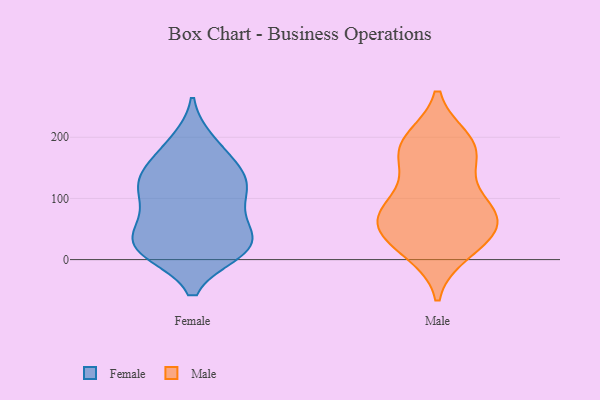
{"axis": {"x": "Revenue (USD Million)", "y": "Value"}, "legend": ["Female", "Male"], "data": [{"x": "", "y": 95, "type": "Female"}, {"x": "", "y": 119, "type": "Female"}, {"x": "", "y": 141, "type": "Female"}, {"x": "", "y": 163, "type": "Female"}, {"x": "", "y": 120, "type": "Female"}, {"x": "", "y": 16, "type": "Female"}, {"x": "", "y": 64, "type": "Female"}, {"x": "", "y": 132, "type": "Female"}, {"x": "", "y": 187, "type": "Female"}, {"x": "", "y": 113, "type": "Female"}, {"x": "", "y": 25, "type": "Female"}, {"x": "", "y": 19, "type": "Female"}, {"x": "", "y": 16, "type": "Female"}, {"x": "", "y": 193, "type": "Female"}, {"x": "", "y": 19, "type": "Female"}, {"x": "", "y": 135, "type": "Female"}, {"x": "", "y": 28, "type": "Female"}, {"x": "", "y": 63, "type": "Female"}, {"x": "", "y": 13, "type": "Female"}, {"x": "", "y": 61, "type": "Female"}, {"x": "", "y": 13, "type": "Male"}, {"x": "", "y": 39, "type": "Male"}, {"x": "", "y": 72, "type": "Male"}, {"x": "", "y": 183, "type": "Male"}, {"x": "", "y": 114, "type": "Male"}, {"x": "", "y": 21, "type": "Male"}, {"x": "", "y": 39, "type": "Male"}, {"x": "", "y": 82, "type": "Male"}, {"x": "", "y": 195, "type": "Male"}, {"x": "", "y": 193, "type": "Male"}, {"x": "", "y": 160, "type": "Male"}, {"x": "", "y": 71, "type": "Male"}, {"x": "", "y": 173, "type": "Male"}, {"x": "", "y": 69, "type": "Male"}, {"x": "", "y": 73, "type": "Male"}]}